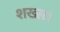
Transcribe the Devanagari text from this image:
शख्स।